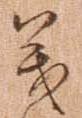
義